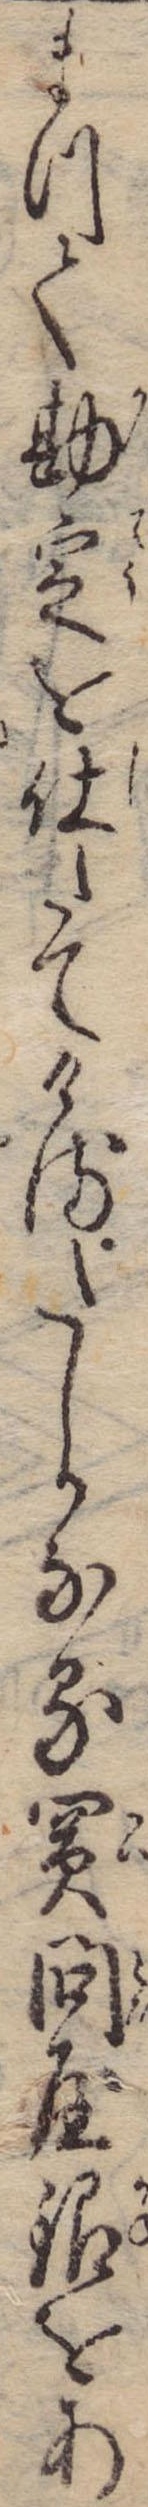
まつて勘定を仕たてけるたしかなる買問屋銀をあ